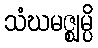
သံဃမဇ္ဈမ္ပိ